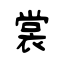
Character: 裳